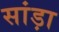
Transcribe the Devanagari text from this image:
सांड़ा